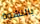
بالنشوة